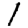
Digit: 1